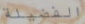
الفضيلة